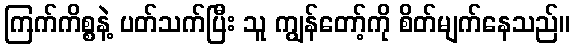
ကြက်ကိစ္စနဲ့ ပတ်သက်ပြီး သူ ကျွန်တော့်ကို စိတ်မျက်နေသည်။